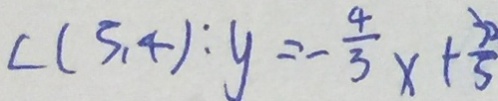
c ( 3 , 4 ) : y = - \frac { 4 } { 3 } x + \frac { 3 0 } { 5 }